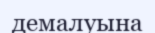
демалуына